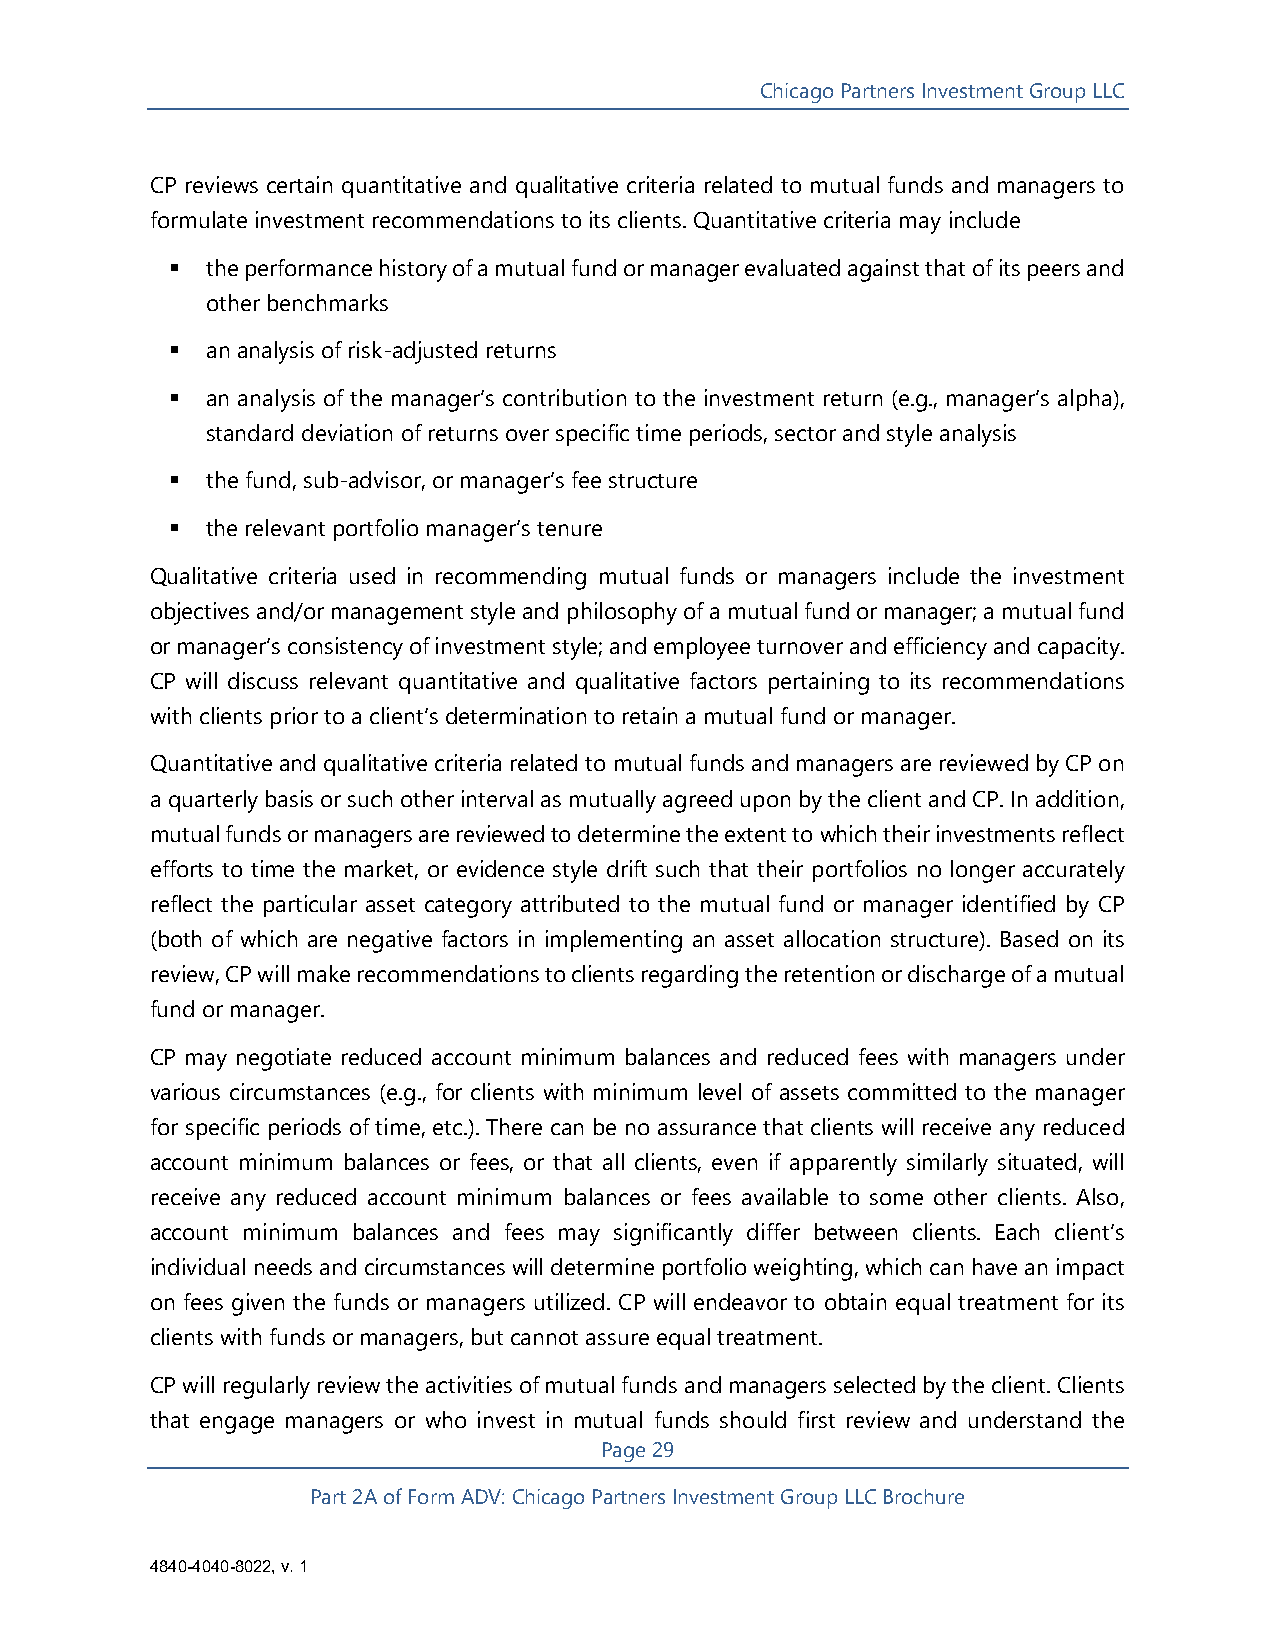
Chicago Partners Investment Group LLC
 CP reviews certain quantitative and qualitative criteria related to mutual funds and managers to
 formulate investment recommendations to its clients. Quantitative criteria may include
   the performance history of a mutual fund or manager evaluated against that of its peers and
 other benchmarks
   an analysis of risk-adjusted returns
   an analysis of the manager’s contribution to the investment return (e.g., manager’s alpha),
 standard deviation of returns over specific time periods, sector and style analysis
   the fund, sub-advisor, or manager’s fee structure
   the relevant portfolio manager’s tenure
 Qualitative criteria used in recommending mutual funds or managers include the investment
 objectives and/or management style and philosophy of a mutual fund or manager; a mutual fund
 or manager’s consistency of investment style; and employee turnover and efficiency and capacity.
 CP will discuss relevant quantitative and qualitative factors pertaining to its recommendations
 with clients prior to a client’s determination to retain a mutual fund or manager.
 Quantitative and qualitative criteria related to mutual funds and managers are reviewed by CP on
 a quarterly basis or such other interval as mutually agreed upon by the client and CP. In addition,
 mutual funds or managers are reviewed to determine the extent to which their investments reflect
 efforts to time the market, or evidence style drift such that their portfolios no longer accurately
 reflect the particular asset category attributed to the mutual fund or manager identified by CP
 (both of which are negative factors in implementing an asset allocation structure). Based on its
 review, CP will make recommendations to clients regarding the retention or discharge of a mutual
 fund or manager.
 CP may negotiate reduced account minimum balances and reduced fees with managers under
 various circumstances (e.g., for clients with minimum level of assets committed to the manager
 for specific periods of time, etc.). There can be no assurance that clients will receive any reduced
 account minimum balances or fees, or that all clients, even if apparently similarly situated, will
 receive any reduced account minimum balances or fees available to some other clients. Also,
 account minimum balances and fees may significantly differ between clients. Each client’s
 individual needs and circumstances will determine portfolio weighting, which can have an impact
 on fees given the funds or managers utilized. CP will endeavor to obtain equal treatment for its
 clients with funds or managers, but cannot assure equal treatment.
 CP will regularly review the activities of mutual funds and managers selected by the client. Clients
 that engage managers or who invest in mutual funds should first review and understand the
 Page 29
 Part 2A of Form ADV: Chicago Partners Investment Group LLC Brochure
 4840-4040-8022, v. 1